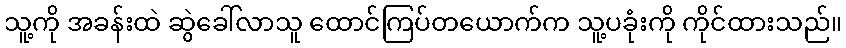
သူ့ကို အခန်းထဲ ဆွဲခေါ်လာသူ ထောင်ကြပ်တယောက်က သူ့ပခုံးကို ကိုင်ထားသည်။